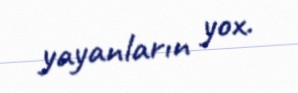
yayanların yox.